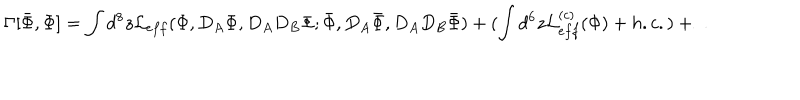
\Gamma [ \bar { \Phi } , \Phi ] = \int d ^ { 8 } z { \cal L } _ { e f f } ( \Phi , D _ { A } \Phi , D _ { A } D _ { B } \Phi ; \bar { \Phi } , D _ { A } \bar { \Phi } , D _ { A } D _ { B } \bar { \Phi } ) + ( \int d ^ { 6 } z { \cal L } _ { e f f } ^ { ( c ) } ( \Phi ) + h . c . ) + \ldots